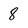
Character: 8